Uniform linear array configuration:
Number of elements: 24
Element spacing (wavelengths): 0.75
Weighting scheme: cosine
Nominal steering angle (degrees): -30
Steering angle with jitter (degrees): -29.316
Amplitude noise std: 0.05
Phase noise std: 0.05

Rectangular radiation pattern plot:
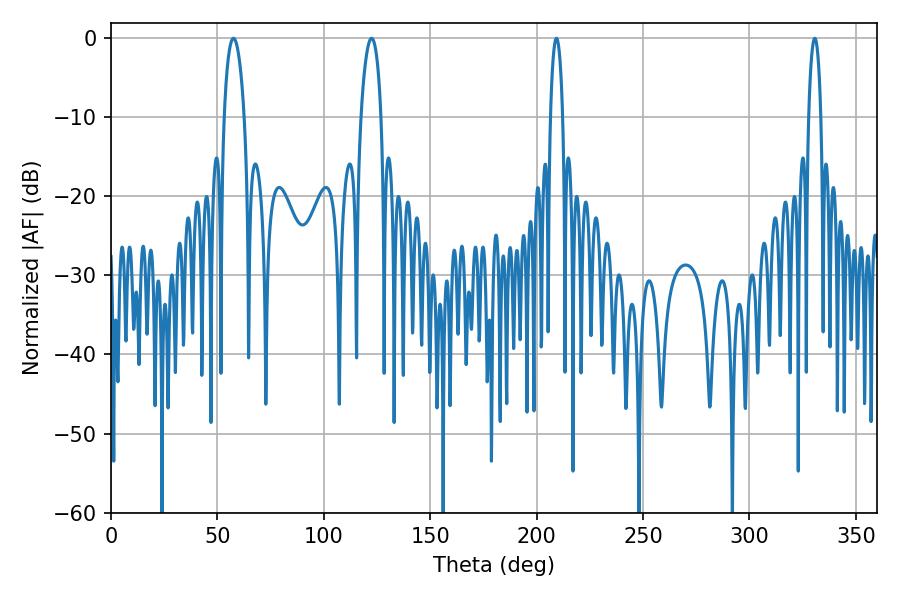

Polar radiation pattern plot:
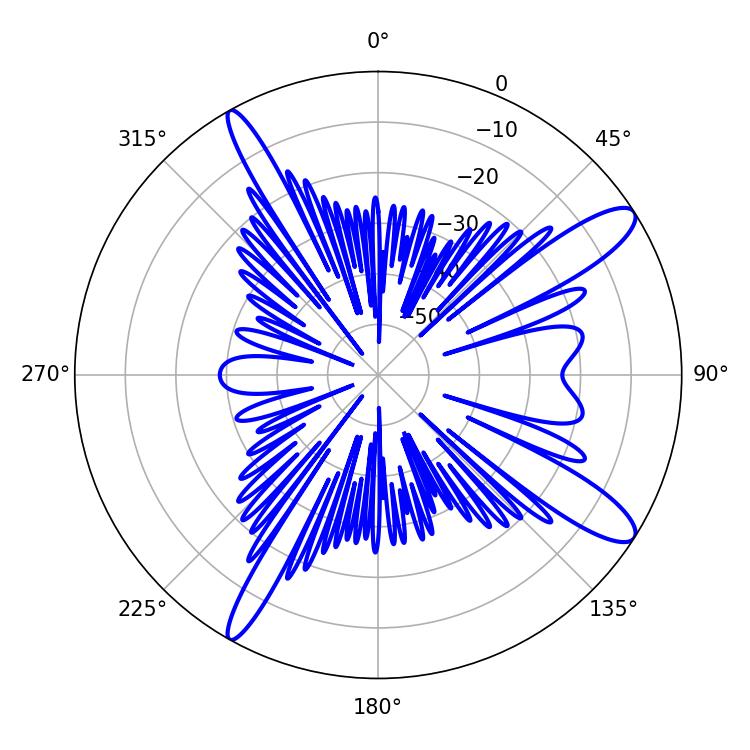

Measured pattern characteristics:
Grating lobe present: TRUE
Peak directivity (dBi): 12.399
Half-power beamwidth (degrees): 5.4
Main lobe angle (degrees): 57.6